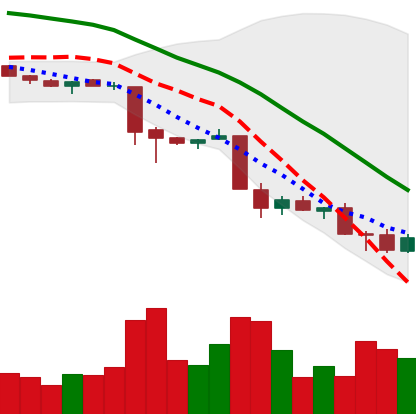
Ticker: XMR-USD
Chart end date: 2018-11-27
Forward return: 3.447%
Label: up_3_5